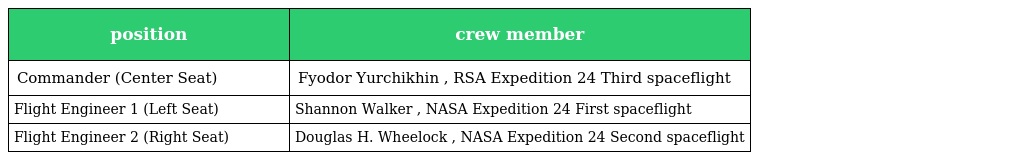
| position | crew member |
 | --- | --- |
 | Commander (Center Seat) | Fyodor Yurchikhin , RSA Expedition 24 Third spaceflight |
 | Flight Engineer 1 (Left Seat) | Shannon Walker , NASA Expedition 24 First spaceflight |
 | Flight Engineer 2 (Right Seat) | Douglas H. Wheelock , NASA Expedition 24 Second spaceflight |